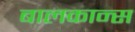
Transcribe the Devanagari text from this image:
बालकान्स